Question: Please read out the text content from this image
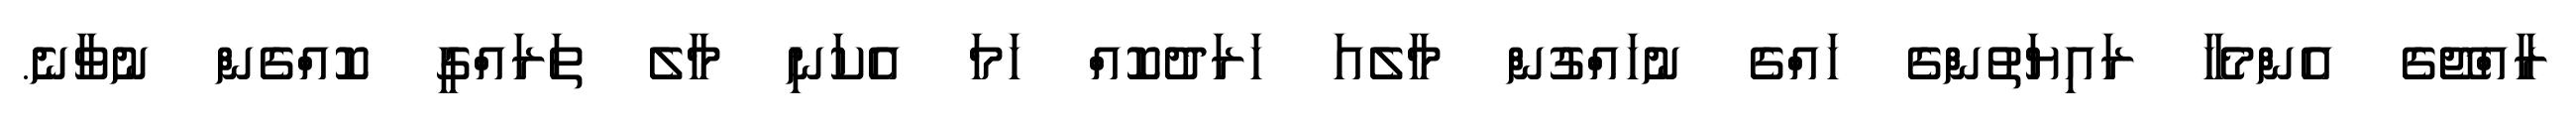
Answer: ރާއްޖޭގެ އެންމެހާ ރައިޔަތުންގެ ހައްގެ ނުހައްގުން މާލެއަ ހަރަދުކޮއް ހަމަ އެކަނި މާލެ ތަރައްގީ ކޮއްގެން ނުވާނެ.